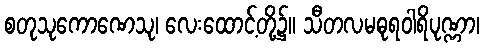
စတုသုကောဏေသု၊ လေးထောင့်တို့၌။ သီတလမဓုရဝါရိပုဏ္ဏာ၊